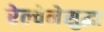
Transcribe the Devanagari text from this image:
रेल्वेनेसुद्धा